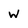
Character: w